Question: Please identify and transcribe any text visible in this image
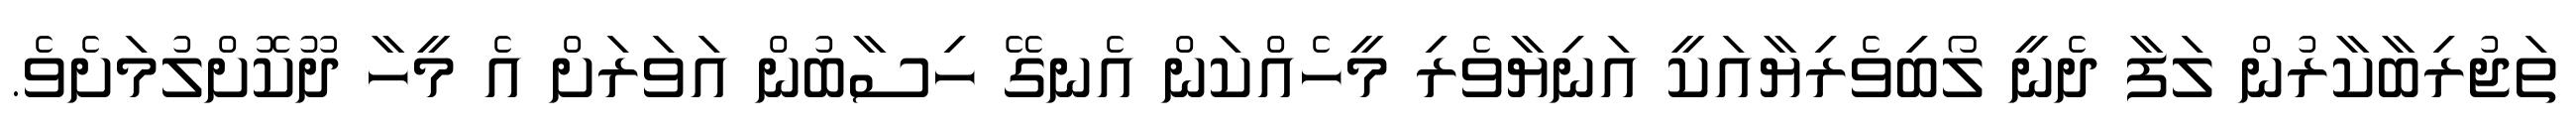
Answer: ތަޖުރިބާކާރުން ލަފާ ދެނީ ލޯބިވެރިޔާއަކީ އަނިޔާވެރި މީހެއްކަން އެނގޭ ހިސާބުން އަވަރަށް އެ މީހާ ދޫކޮށްލުމަށެވެ.